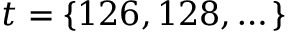
t = \left\{ 1 2 6 , 1 2 8 , \dots \right\}